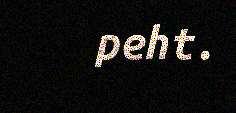
peht.